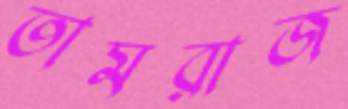
তামরাজ